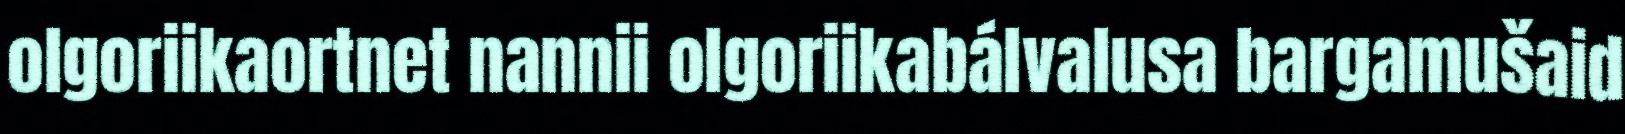
olgoriikaortnet nannii olgoriikabálvalusa bargamušaid